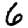
Digit: 6